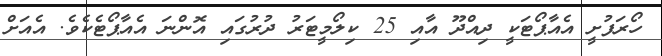
ހޯރަފުށީ އެއާޕޯޓަކީ ދިއްދޫ އާއި 25 ކިލޯމީޓަރު ދުރުގައި އޮންނަ އެއާޕޯޓެކެވެ. އެއަށް